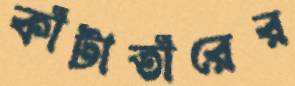
কাঁটাতাঁরের